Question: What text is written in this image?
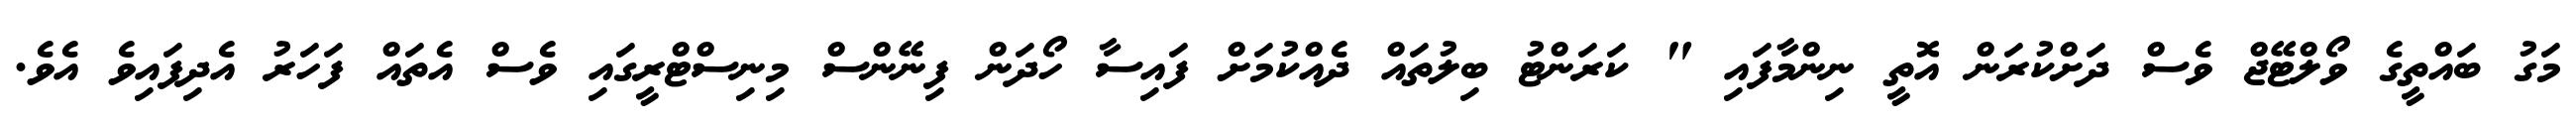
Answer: މަގު ބައްތީގެ ވޯލްޓޭޖް ވެސް ދަށްކުރަން އޮތީ ނިންމާފައި " ކަރަންޓު ބިލުތައް ދެއްކުމަށް ފައިސާ ހޯދަން ފިނޭންސް މިނިސްޓްރީގައި ވެސް އެތައް ފަހަރު އެދިފައިވެ އެވެ.